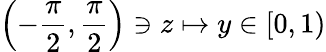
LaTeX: \left(-\frac{\pi}{2},\frac{\pi}{2}\right)\ni z\mapsto y\in\left[0,1\right)